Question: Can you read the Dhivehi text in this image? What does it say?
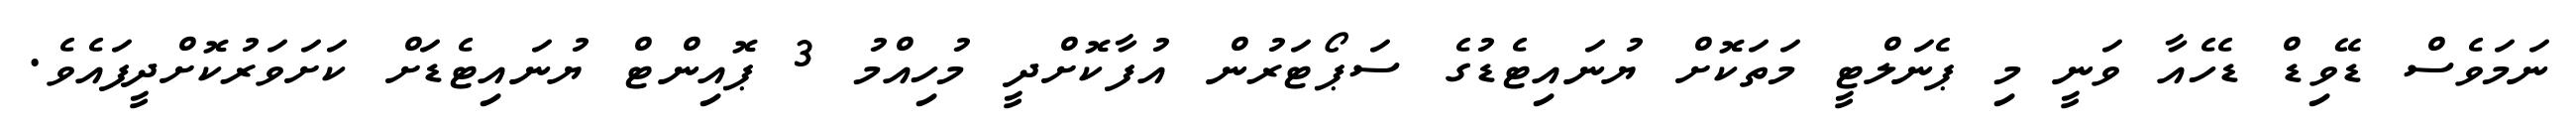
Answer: ނަމަވެސް ޑޭވިޑް ޑެހެއާ ވަނީ މި ޕެނަލްޓީ މަތަކޮށް ޔުނައިޓެޑުގެ ސަޕޯޓަރުން އުފާކޮށްދީ މުހިއްމު 3 ޕޮއިންޓް ޔުނައިޓެޑަށް ކަށަވަރުކޮށްދީފައެވެ.